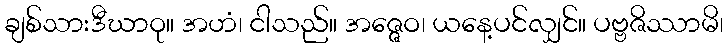
ချစ်သားဒီဃာဝု။ အဟံ၊ ငါသည်။ အဇ္ဇေဝ၊ ယနေ့ပင်လျှင်။ ပဗ္ဗဇိဿာမိ၊